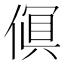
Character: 𫣎